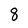
Character: 8